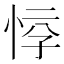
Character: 𱞘